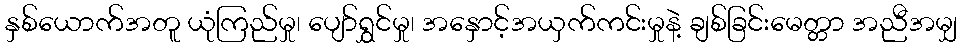
နှစ်ယောက်အတူ ယုံကြည်မှု၊ ပျော်ရွှင်မှု၊ အနှောင့်အယှက်ကင်းမှုနဲ့ ချစ်ခြင်းမေတ္တာ အညီအမျှ